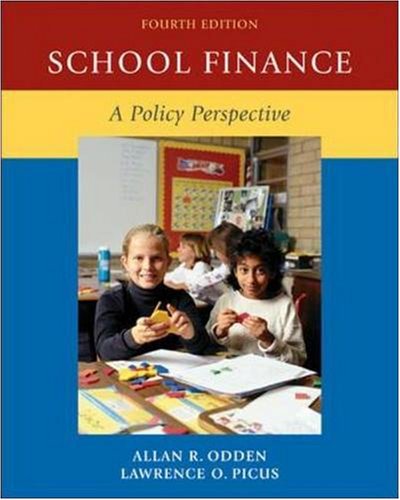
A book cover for School Finance: A Policy Perspective; Allan Odden; Education & Teaching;